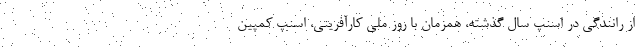
از رانندگی در اسنپ سال گذشته، همزمان با روز ملی کارآفرینی، اسنپ کمپین